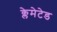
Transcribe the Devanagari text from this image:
क्लेमेटेड